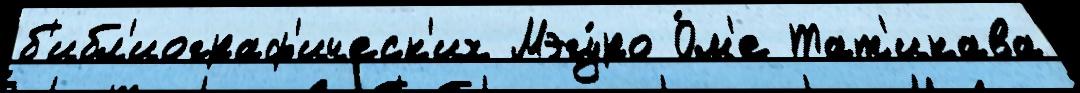
б'ибл'иограф'ическ'их Мэгу́ро О́м'е Тат'икава